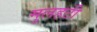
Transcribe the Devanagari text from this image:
मुलहटी